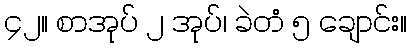
၄၂။ စာအုပ် ၂ အုပ်၊ ခဲတံ ၅ ချောင်း။